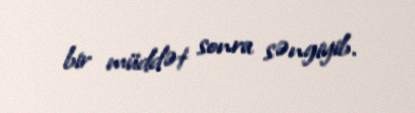
bir müddət sonra səngiyib.